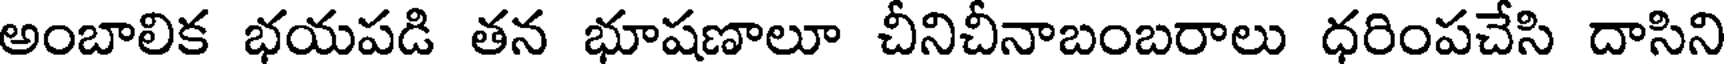
అంబాలిక భయపడి తన భూషణాలూ చీనిచీనాబంబరాలు ధరింపచేసి దాసిని